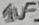
Text: 1uF